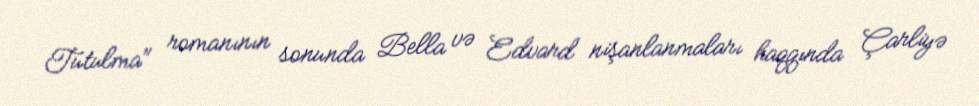
Tutulma" romanının sonunda Bella və Edvard nişanlanmaları haqqında Çarliyə